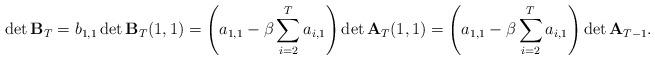
LaTeX: \begin{align*}\det \mathbf{B}_T=b_{1,1}\det \mathbf{B}_T(1,1)=\left(a_{1,1}-\beta\sum_{i=2}^Ta_{i,1}\right)\det \mathbf{A}_T(1,1)=\left(a_{1,1}-\beta\sum_{i=2}^Ta_{i,1}\right)\det \mathbf{A}_{T-1}.\end{align*}